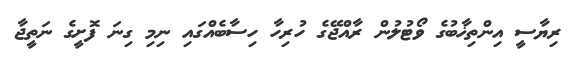
ރިޔާސީ އިންތިޚާބުގެ ވޯޓުލުން ރާއްޖޭގެ ހުރިހާ ހިސާބެއްގައި ނިމި ގިނަ ފޮށީގެ ނަތީޖާ